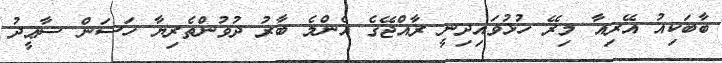
ބާބަކިއު އޭރިއާ މިރޭ ހުޅުވައިދިނީ ރާއްޖޭގެ އެންމެ ބާރު ދުވުންތެރިޔާ ހަސަން ސާޢީދު